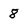
Character: 8